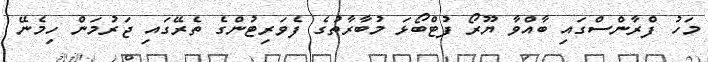
މަހު ފްރާންސްގައި ބާއްވާ ޔޫރޯ ފުޓްބޯޅަ މުބާރާތުގެ ފެވަރިޓުންގެ ތެރޭގައި ޖަރުމަން ހިމެނޭ